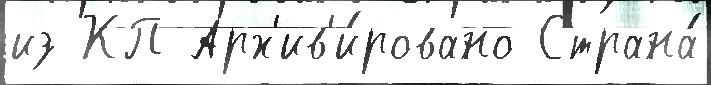
из КП Арх'ив'и́ровано Страна́